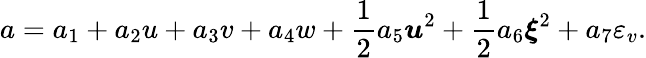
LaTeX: a=a_{1}+a_{2}u+a_{3}v+a_{4}w+\frac 12a_{5}\boldsymbol{u}^{2}+\frac 12a_{6}\boldsymbol{\xi}^{2}+a_{7}{\varepsilon_{v}}.